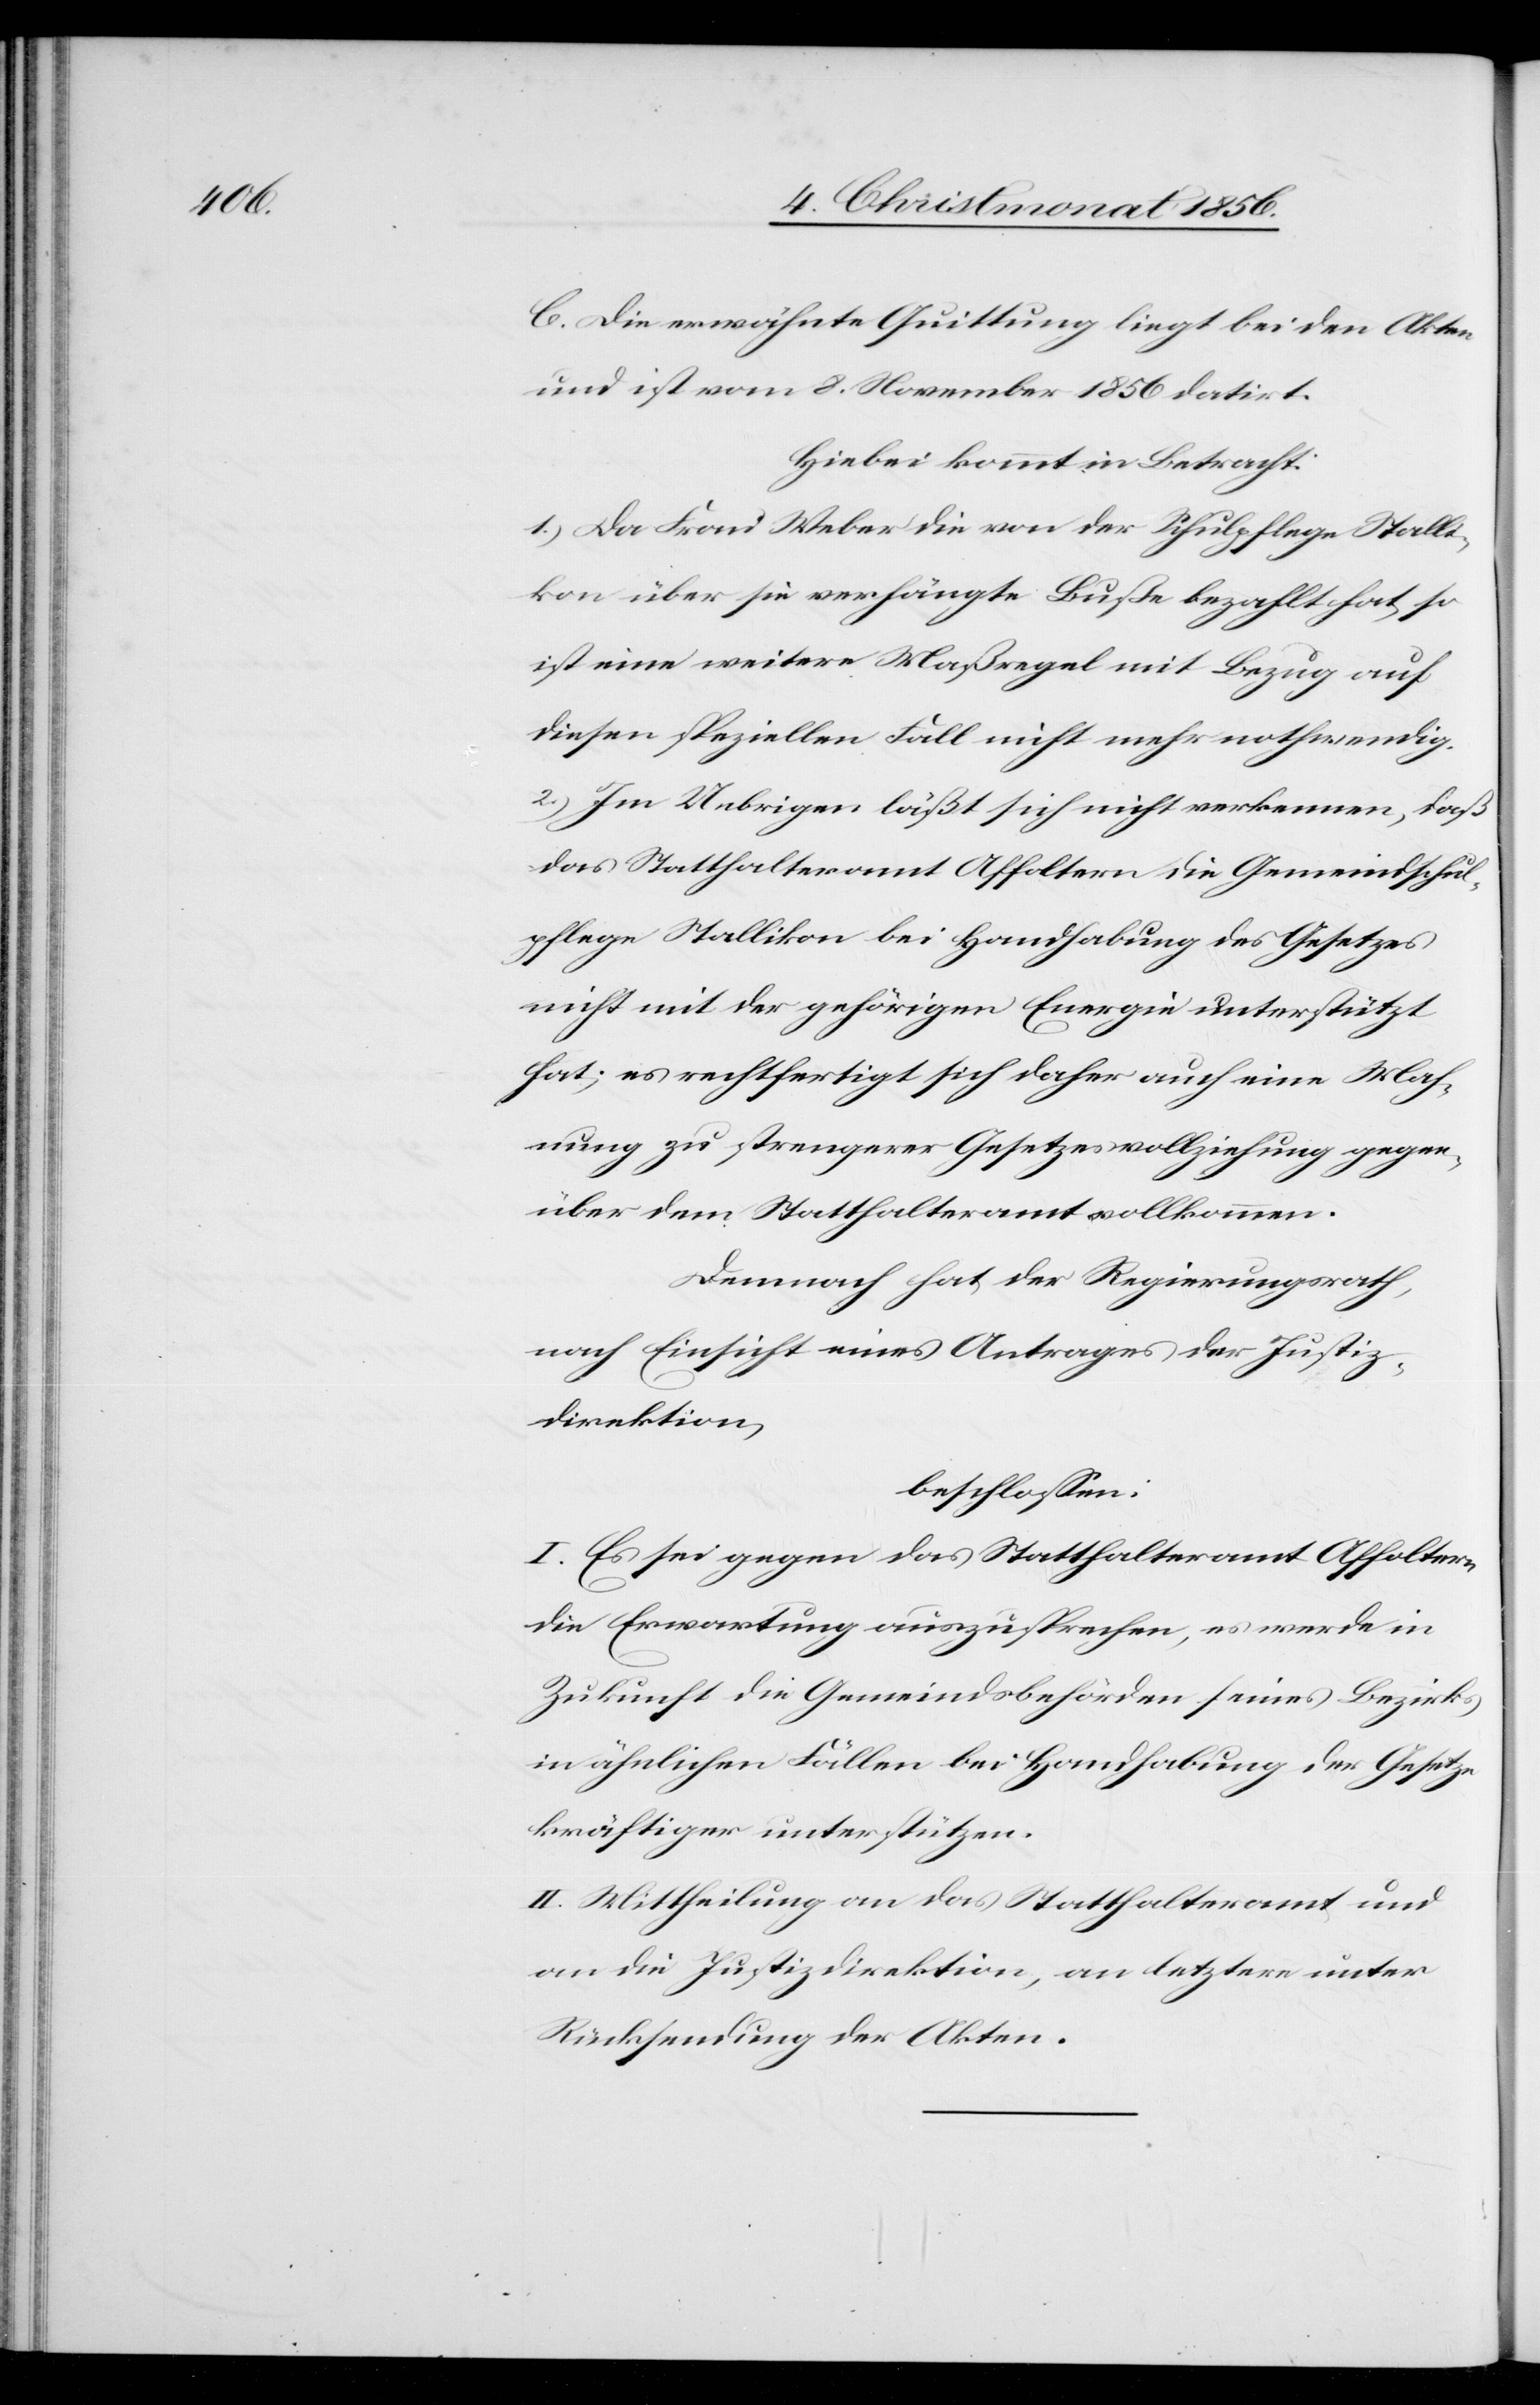
C. Die erwähnte Quittung liegt bei den Akten
und ist vom 8. November 1856 datirt.
Hiebei kommt in Betracht:
1.) Da Frau Weber die von der Schulpflege Stalli¬
kon über sie verhängte Buße bezahlt hat, so
ist eine weitere Maßregel mit Bezug auf
diesen speziellen Fall nicht mehr nothwendig.
2.) Im Uebrigen läßt sich nicht verkennen, daß
das Statthalteramt Affoltern die Gemeindschul¬
pflege Stallikon bei Handhabung des Gesetzes
nicht mit der gehörigen Energie unterstützt
hat; es rechtfertigt sich daher auch eine Mah¬
nung zu strengerer Gesetzesvollziehung gegen¬
über dem Statthalteramt vollkommen.
Demnach hat der Regierungsrath,
nach Einsicht eines Antrages der Justiz¬
direktion,
beschlossen:
I. Es sei gegen das Statthalteramt Affoltern
die Erwartung auszusprechen, es werde in
Zukunft die Gemeindsbehörden seines Bezirks
in ähnlichen Fällen bei Handhabung der Gesetze
kräftiger unterstützen.
II. Mittheilung an das Statthalteramt und
an die Justizdirektion, an letztere unter
Rücksendung der Akten.